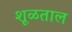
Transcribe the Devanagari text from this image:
शूळताल